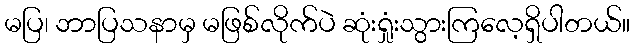
မပြ၊ ဘာပြသနာမှ မဖြစ်လိုက်ပဲ ဆုံးရှုံးသွားကြလေ့ရှိပါတယ်။